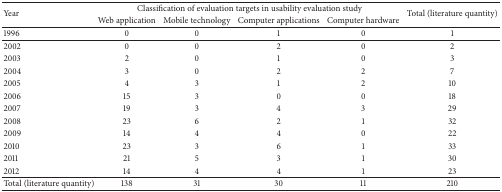
<table><thead><tr><td rowspan="2"><b>Year </b></td><td colspan="4"><b>Classification of evaluation targets in usability evaluation study </b></td><td rowspan="2"><b>Total (literature quantity)</b></td></tr><tr><td><b>Web application </b></td><td><b>Mobile technology </b></td><td><b>Computer applications </b></td><td><b>Computer hardware</b></td></tr></thead><tbody><tr><td>1996</td><td>0</td><td>0</td><td>1</td><td>0</td><td>1</td></tr><tr><td>2002</td><td>0</td><td>0</td><td>2</td><td>0</td><td>2</td></tr><tr><td>2003</td><td>2</td><td>0</td><td>1</td><td>0</td><td>3</td></tr><tr><td>2004</td><td>3</td><td>0</td><td>2</td><td>2</td><td>7</td></tr><tr><td>2005</td><td>4</td><td>3</td><td>1</td><td>2</td><td>10</td></tr><tr><td>2006</td><td>15</td><td>3</td><td>0</td><td>0</td><td>18</td></tr><tr><td>2007</td><td>19</td><td>3</td><td>4</td><td>3</td><td>29</td></tr><tr><td>2008</td><td>23</td><td>6</td><td>2</td><td>1</td><td>32</td></tr><tr><td>2009</td><td>14</td><td>4</td><td>4</td><td>0</td><td>22</td></tr><tr><td>2010</td><td>23</td><td>3</td><td>6</td><td>1</td><td>33</td></tr><tr><td>2011</td><td>21</td><td>5</td><td>3</td><td>1</td><td>30</td></tr><tr><td>2012</td><td>14</td><td>4</td><td>4</td><td>1</td><td>23</td></tr><tr><td>Total (literature quantity)</td><td>138</td><td>31</td><td>30</td><td>11</td><td>210</td></tr></tbody></table>